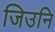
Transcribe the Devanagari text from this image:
जिउनि